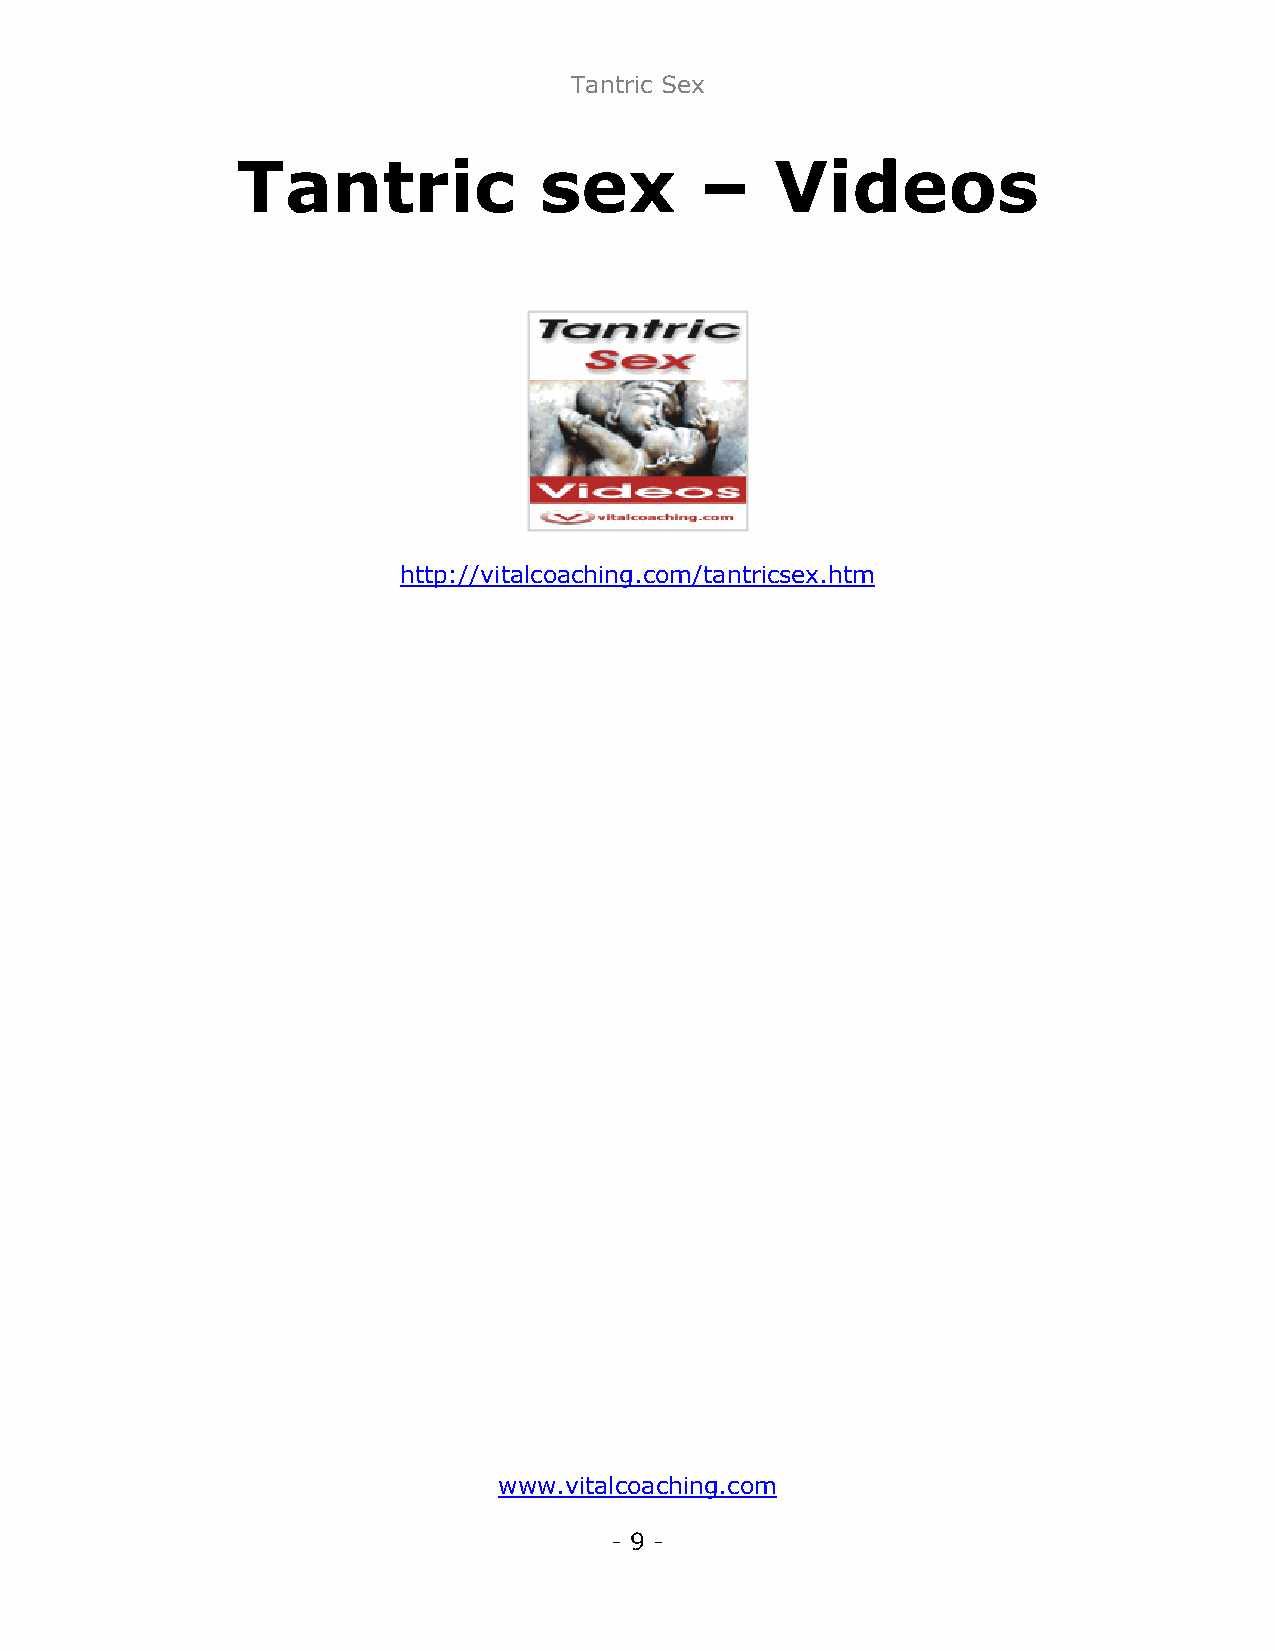
Tantric Sex
 Tantric             sex       –    Videos
 http://vitalcoaching.com/tantricsex.htm
 www.vitalcoaching.com
 - 9 -